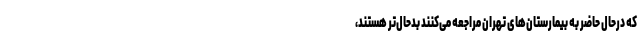
که درحال حاضر به بیمارستان‌های تهران مراجعه می‌کنند بدحال‌تر هستند،